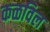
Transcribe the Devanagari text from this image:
कळविल